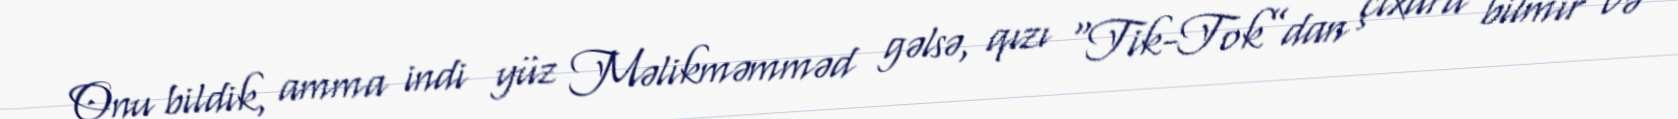
Onu bildik, amma indi yüz Məlikməmməd gəlsə, qızı “Tik-Tok”dan çıxara bilmir və